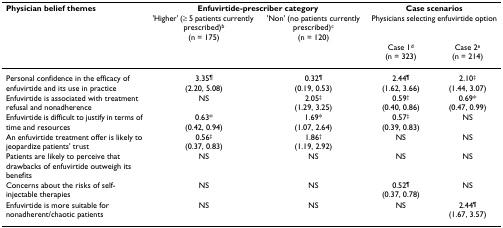
| Physician belief themes | <COLSPAN=2> Enfuvirtide-prescriber category | <COLSPAN=2> Case scenarios |
 |  | 'Higher' (≥ 5 patients currently prescribed)b(n = 175) | 'Non' (no patients currently prescribed)c(n = 120) | <COLSPAN=2> Physicians selecting enfuvirtide option |
 |  |  |  | Case 1d(n = 323) | Case 2e(n = 214) |
 | --- | --- | --- | --- | --- |
 | Personal confidence in the efficacy of enfuvirtide and its use in practice | 3.35¶ (2.20, 5.08) | 0.32¶ (0.19, 0.53) | 2.44¶ (1.62, 3.66) | 2.10‡ (1.44, 3.07) |
 | Enfuvirtide is associated with treatment refusal and nonadherence | NS | 2.05‡ (1.29, 3.25) | 0.59† (0.40, 0.86) | 0.69* (0.47, 0.99) |
 | Enfuvirtide is difficult to justify in terms of time and resources | 0.63* (0.42, 0.94) | 1.69* (1.07, 2.64) | 0.57‡ (0.39, 0.83) | NS |
 | An enfuvirtide treatment offer is likely to jeopardize patients' trust | 0.56‡ (0.37, 0.83) | 1.86† (1.19, 2.92) | NS | NS |
 | Patients are likely to perceive that drawbacks of enfuvirtide outweigh its benefits | NS | NS | NS | NS |
 | Concerns about the risks of self-injectable therapies | NS | NS | 0.52¶ (0.37, 0.78) | NS |
 | Enfuvirtide is more suitable for nonadherent/chaotic patients | NS | NS | NS | 2.44¶ (1.67, 3.57) |